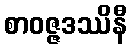
စာဝဇ္ဇဒဿိနီ